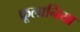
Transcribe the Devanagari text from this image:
फ्रूलानिया